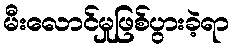
မီးလောင်မှုဖြစ်ပွားခဲ့ရာ